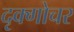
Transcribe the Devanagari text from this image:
दृक्गोचर